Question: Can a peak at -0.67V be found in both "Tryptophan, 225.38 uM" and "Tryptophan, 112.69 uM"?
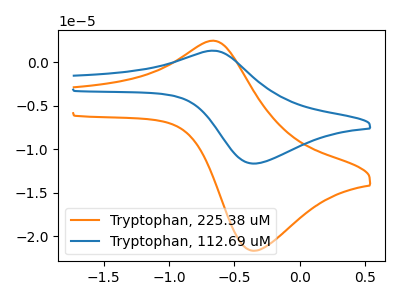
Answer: <think>The orange curve "Tryptophan, 225.38 uM" has an anodic peak at (-0.65V, 2.45uA) and a cathodic peak at (-0.35V, -21.65uA). The blue curve "Tryptophan, 112.69 uM" has an anodic peak at (-0.65V, 1.30uA) and a cathodic peak at (-0.35V, -11.65uA).</think>
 <answer>Yes, "Tryptophan, 225.38 uM" and "Tryptophan, 112.69 uM" share a peak at -0.67V.</answer>
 <eval>match</eval>